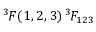
^ { 3 \! } F ( { \k _ { 1 } } , { \k _ { 2 } } , { \k _ { 3 } } ) \= \, ^ { 3 \! } { F } _ { 1 2 3 }